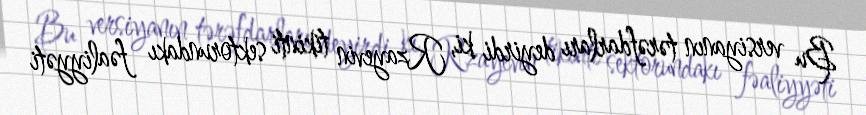
Bu versiyanın tərəfdarları deyirdi ki, Rzayevin tikinti sektorundakı fəaliyyəti